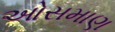
ઓસમાણ